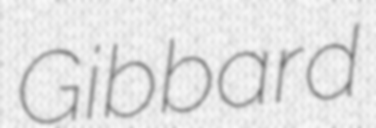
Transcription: Gibbard